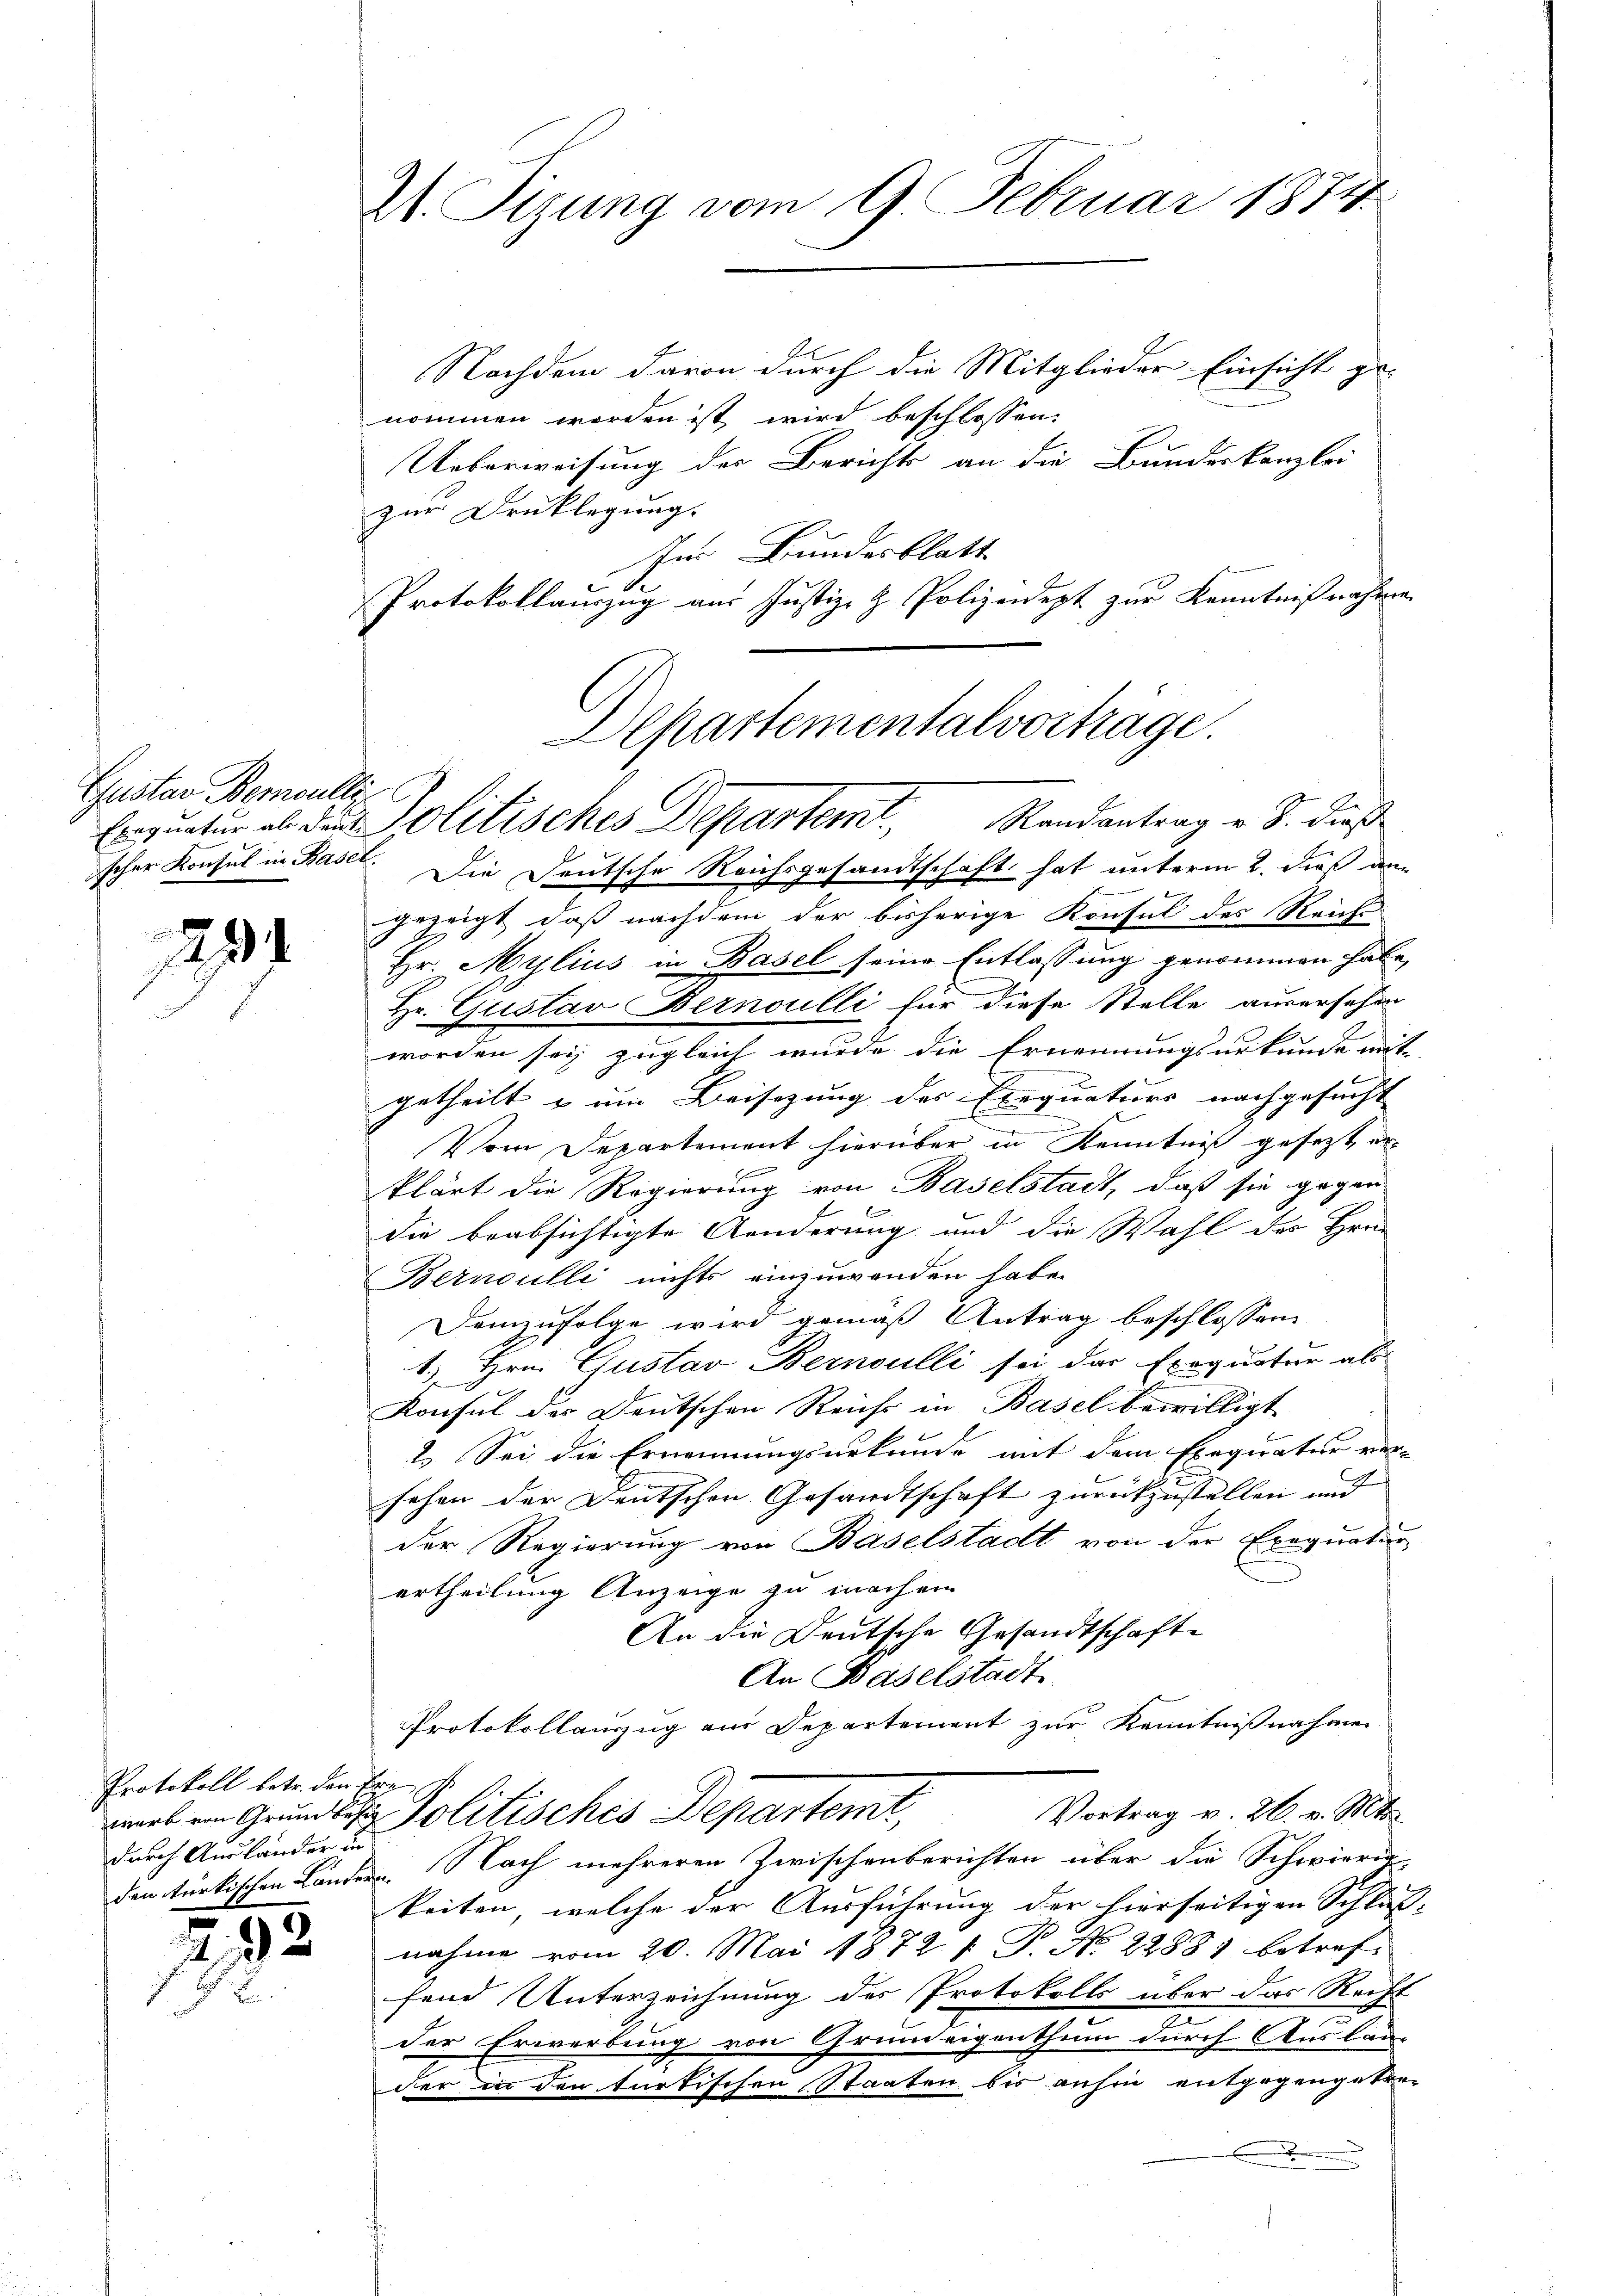
Gustav Bernoulle.
scher Konsul in Basel.

2234

Protokoll betr. den Tag v
warb von Grundbesi
durch Ausländer un

293

W. Sizung vom 9. Februar 1874.

nommen worden ist wird beschlossen:
Ueberweisung der Berichts an die Bundeskanzlei
zur Drucklegung.
Im Bundesblatt
Protokollauszug aus Justiz- & Polizeidept zur Kenntnißnahme.
Departementalvorträge.

Nachdem davon durch die Mitglieder Einsicht ge-

Enquatur es den Politisches Departem Randantrag u. S. dieß

Die Deutsche Reichsgesandtschaft hat unterm 2. dieß an
gezeigt, daß nachdem der bisherige Konsul des Reiche
Hr. Mylius in Basel seine Entlassung genommen habe,
Hr. Gustav Bernoulli für diese Stelle ausersehen
worden sei, zugleich wurde die Ernennungsurkunde mit
getheilt u um Beisezung des Exequaturs nachgesucht

Vom Departement hierüber in Kenntniß gesetzt er
klärt die Regierung von Baselstadt, daß sie gegen
die beabsichtigte Aenderung und die Wahl des Hrn.
Bernoulli nichts einzuwenden habe.
Demzufolge wird gemäß Antrag beschlossen
1. Hrn. Gustav Bernoulli sei das Exequatur als
Konsul der Deutschen Reichs in Basel bewilligt
2. Sei die Ernennungsurkunde mit dem Exequatur versehen der Deutschen Gesandtschaft zurückzustellen und
der Regierung von Baselstadt von der Exequatuor
ertheilung Anzeige zu nach ein
An die Deutsche Gesandtschaft
An Baselstadt
Protokollauszug aus Departement zur Kenntnißnahmen
Vortrag v. 26. v. Mts.
Politisches Departemt,
den türkischen Ländern. Nach mehreren Zwischenberichten über die Schwierigkeiten, welche der Ausführung der hierseitigen Schluß-
nahme vom 20. Mai 1872 f. P. No 2288) betref-
fend Unterzeichnung des Protokolls über das Recht
der Erwerbung von Grundeigenthum durch Auslän-
der in den türkischen Staaten bis anhin entgegengetre¬
.